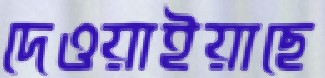
দেওয়াইয়াছে